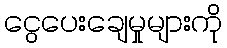
ငွေပေးချေမှုများကို